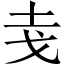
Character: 𭟯